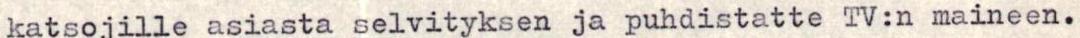
katsojille asiasta selvityksen ja puhdistatte TV:n maineen.